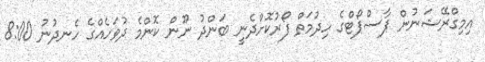
އިމިގްރޭޝަނުން ޕާސްޕޯޓްގެ ހިދުމަތް ފޯރުކޮށްދެނީ ބަންދު ނޫން ކޮންމެ ދުވަހެއްގެ ހެނދުނު 8:00